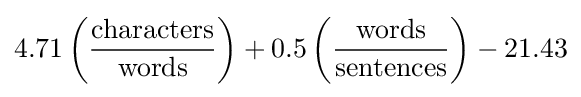
4.71\left({\frac {\mbox{characters}}{\mbox{words}}}\right)+0.5\left({\frac {\mbox{words}}{\mbox{sentences}}}\right)-21.43